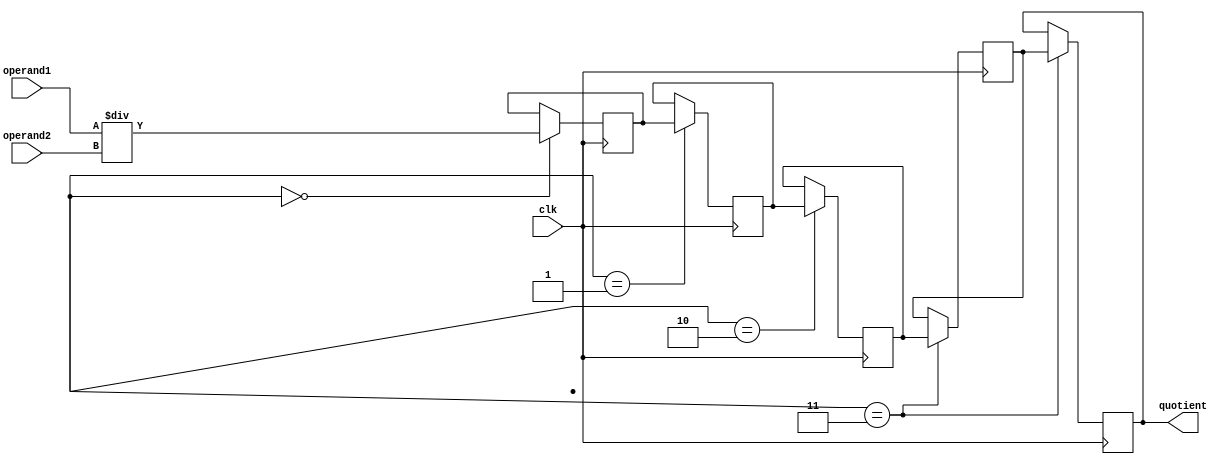
module pipelined_divider(input wire [31:0] operand1, 
                          input wire [31:0] operand2, 
                          input wire clk, 
                          output reg [31:0] quotient);

reg [31:0] stage1_out;
reg [31:0] stage2_out;
reg [31:0] stage3_out;
reg [31:0] stage4_out;

reg [2:0] state;

// Control logic to coordinate stages
always @ (posedge clk)
begin
  case(state)
    0: stage1_out <= operand1 / operand2;
    1: stage2_out <= stage1_out;
    2: stage3_out <= stage2_out;
    3: stage4_out <= stage3_out;
  endcase
end

// Output the final result
always @ (posedge clk)
begin
  if(state == 3)
    quotient <= stage4_out;
end

endmodule